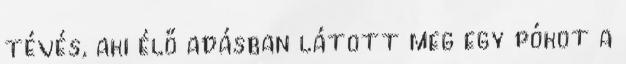
tévés, aki élő adás­ban lá­tott meg egy pókot a